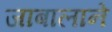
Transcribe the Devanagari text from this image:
जाबालाने